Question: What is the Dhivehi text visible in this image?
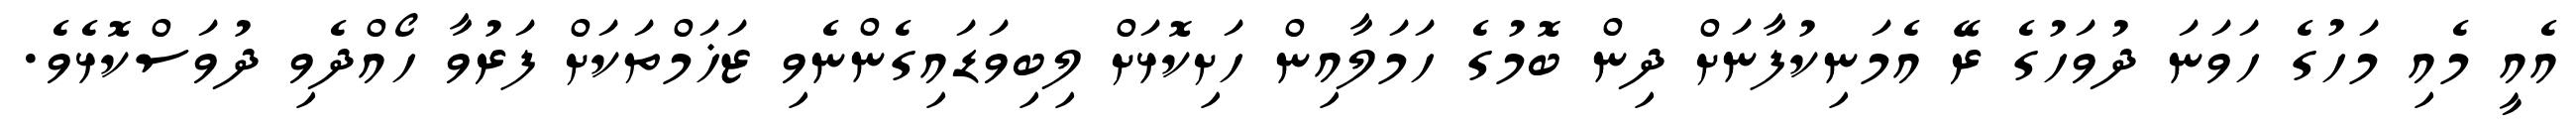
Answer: އެއީ މެއި މަހުގެ ހަވަނަ ދުވަހުގެ ރޭ އެމަނިކުފާނަށް ދިން ބޮމުގެ ހަމަލާއިން ހަށިކޮޅަށް ލިބިވަޑައިގެންނެވި ޒަޚަމްތަކަށް ފަރުވާ ހޯއްދެވި ދުވަސްކޮޅެވެ.